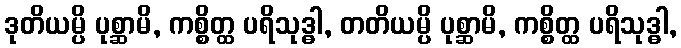
ဒုတိယမ္ပိ ပုစ္ဆာမိ, ကစ္စိတ္ထ ပရိသုဒ္ဓါ, တတိယမ္ပိ ပုစ္ဆာမိ, ကစ္စိတ္ထ ပရိသုဒ္ဓါ,